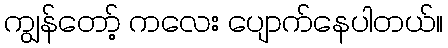
ကျွန်တော့် ကလေး ပျောက်နေပါတယ်။